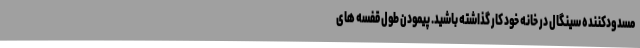
مسدودکننده سینگال در خانه خود کار گذاشته باشید. پیمودن طول قفسه های